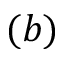
( b )